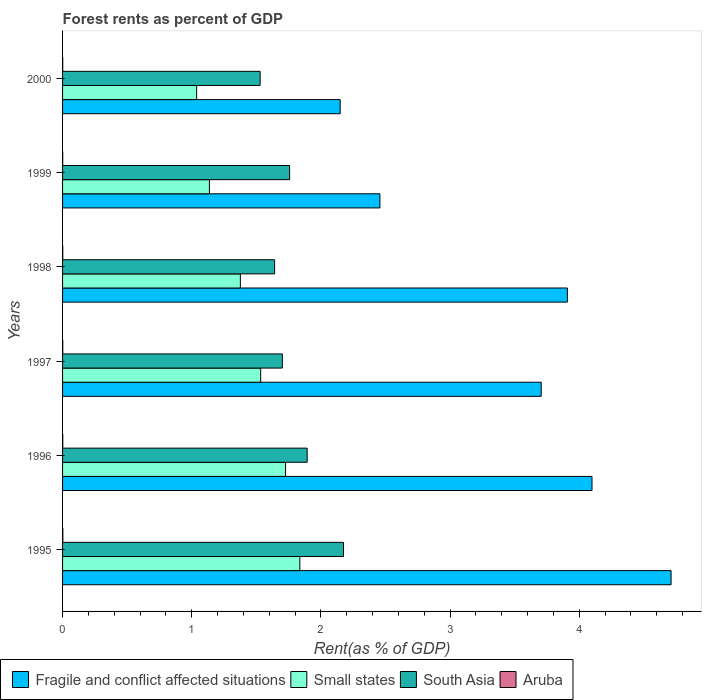
| Years | Fragile and conflict affected situations | Small states | South Asia | Aruba |
 | --- | --- | --- | --- | --- |
 | 1995 | 4.71 | 1.84 | 2.17 | 0.00218 |
 | 1996 | 4.1 | 1.73 | 1.89 | 0.00168 |
 | 1997 | 3.71 | 1.53 | 1.7 | 0.00171 |
 | 1998 | 3.91 | 1.38 | 1.64 | 0.00167 |
 | 1999 | 2.46 | 1.14 | 1.76 | 0.00124 |
 | 2000 | 2.15 | 1.04 | 1.53 | 0.00118 |